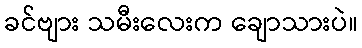
ခင်ဗျား သမီးလေးက ချောသားပဲ။